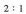
2﹔1